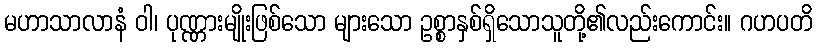
မဟာသာလာနံ ဝါ၊ ပုဏ္ဏားမျိုးဖြစ်သော များသော ဥစ္စာနှစ်ရှိသောသူတို့၏လည်းကောင်း။ ဂဟပတိ